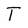
Character: T